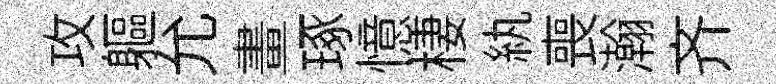
攻軀允畫琢憶棲紈喪瀚齐